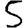
Digit: 5